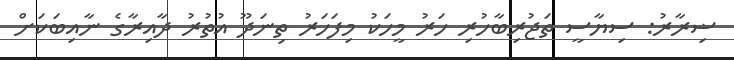
ޟިރާރު: ސިޔާސީ ތަޖުރިބާހުރި ހަރު މީހަކު މިފަހަރު ތިނަދޫ އުތުރު ދާއިރާގެ ނާއިބަކަށް